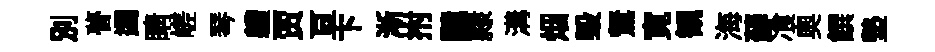
別瞢蠲睛嵯琴軆贾亘卞淅拊譴隷溝烟毀駑寛観海蘚飡奥饌墊